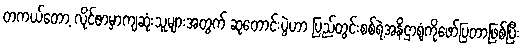
တကယ်တော့ လိုင်ဇာမှာကျဆုံးသူများအတွက် ဆုတောင်းပွဲဟာ ပြည်တွင်းစစ်ရဲ့အနိဌာရုံကိုဖော်ပြတာဖြစ်ပြီး